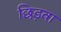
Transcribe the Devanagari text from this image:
छिड़वा